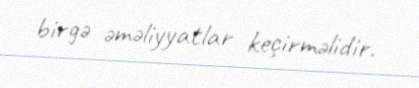
birgə əməliyyatlar keçirməlidir.